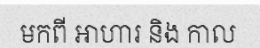
មកពី ឤហារ និង កាល